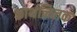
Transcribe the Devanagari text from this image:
कार्थनिलक